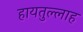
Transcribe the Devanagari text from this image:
हायतुल्लाह